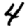
Digit: 4